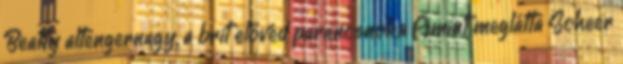
Beatty altengernagy, a brit elővéd parancsnoka Amint meglátta Scheer